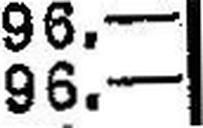
96.—